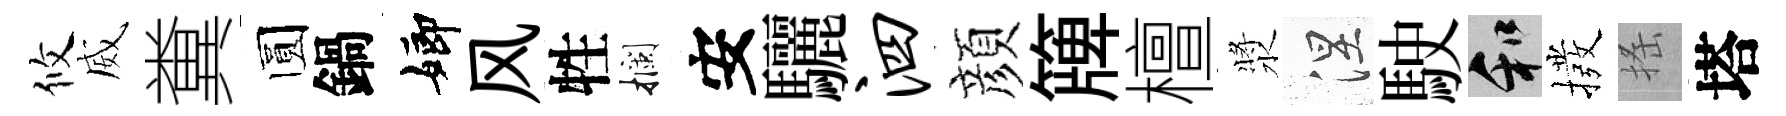
攸威糞圆鍋嫏风牲攔安驪泗顔簰檀漿涅駛和撥搖塔